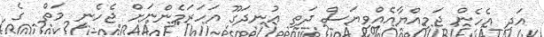
އަދި އެހެން ޖަމިއްޔާއެއްވިޔަސް ދަތި އުނދަގޫ އަހަރަމެންނަށް ޖެހެނީ މަތް  ގެ